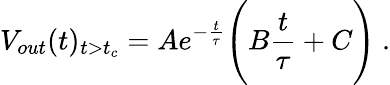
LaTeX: V_{out}(t)_{t>t_{c}}=Ae^{-\frac{t}{\tau}}\Bigg(B\frac{t}{\tau}+C\Bigg)~.